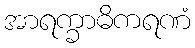
အာရက္ခာဓိကရဏံ